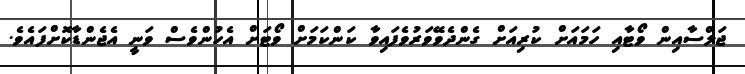
ޖަލްސާއިން ވޯޓާއި ހަމައަށް ކުރިއަށް ގެންދެވޭވަރުވެފައިވާ ކަންކަމަށް ވޯޓަށް އެހުންވެސް ވަނީ އެޖެންޑާކޮށްފައެވެ.